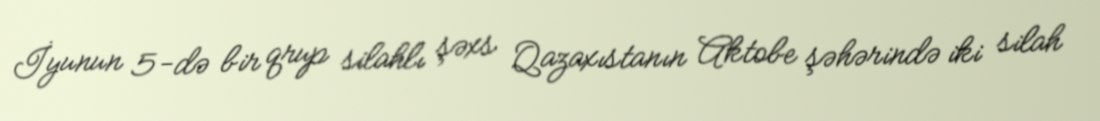
İyunun 5-də bir qrup silahlı şəxs Qazaxıstanın Aktobe şəhərində iki silah